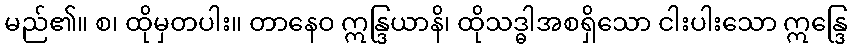
မည်၏။ စ၊ ထိုမှတပါး။ တာနေဝ ဣန္ဒြယာနိ၊ ထိုသဒ္ဓါအစရှိသော ငါးပါးသော ဣန္ဒြေ